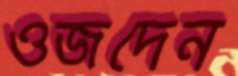
ওজদেন